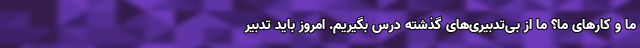
ما و کارهای ما؟ ما از بی‌تدبیری‌های گذشته درس بگیریم. امروز باید تدبیر